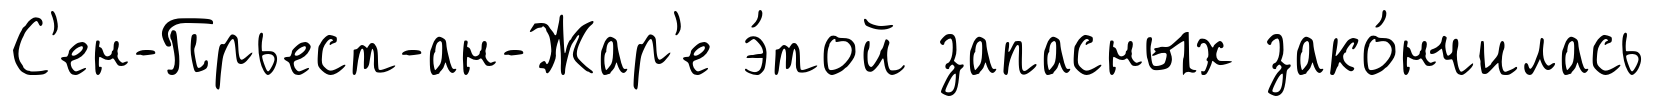
С'ен-Прьест-ан-Жар'е э́той запасных зако́нчилась